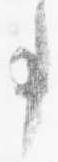
事